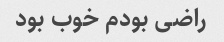
راضی بودم خوب بود